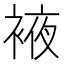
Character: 䘸